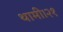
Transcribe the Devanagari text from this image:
थामी।२१